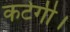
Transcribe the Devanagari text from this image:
कटेगी।